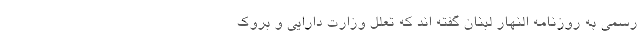
رسمی به روزنامه النهار لبنان گفته اند که تعلل وزارت دارایی و بروک